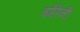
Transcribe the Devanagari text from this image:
वगेरेनी